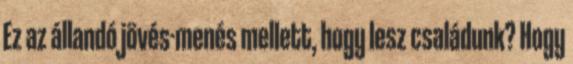
Ez az állandó jövés-menés mellett, hogy lesz családunk? Hogy